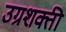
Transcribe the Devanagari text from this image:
उग्रशक्ती